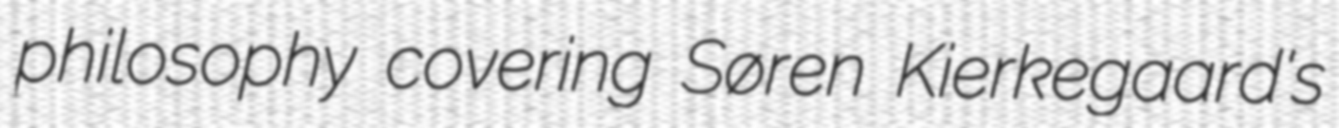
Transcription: philosophy covering Søren Kierkegaard's